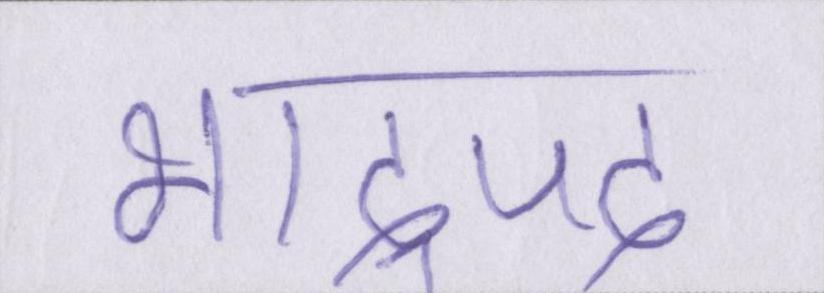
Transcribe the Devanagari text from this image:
भाद्रपद